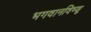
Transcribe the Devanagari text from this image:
भगवानविष्णु